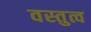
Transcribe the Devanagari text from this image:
वस्तुत्व